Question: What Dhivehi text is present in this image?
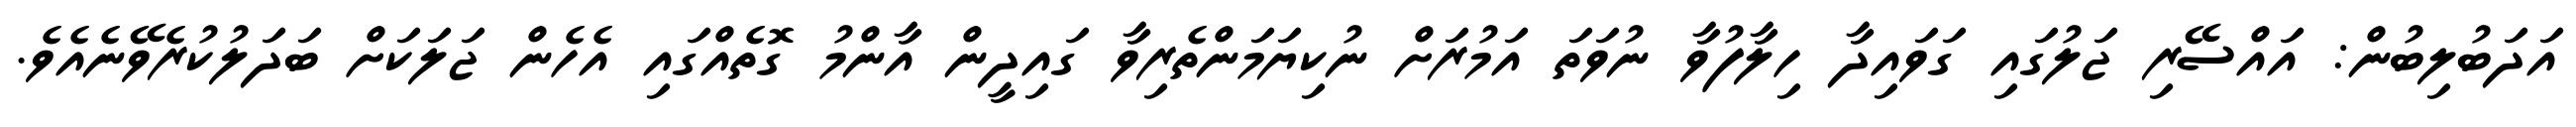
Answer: އަދަބުލިބުން: އައްސޭރި ޖަލުގައި ގަވައިދާ ހިލާފުވާ ނުވަތަ އަމުރަށް ނުކިޔަމަންތެރިވާ ގައިދީން އާންމު ގޮތެއްގައި އެހެން ޖަލަކަށް ބަދަލުކުރެވޭނެއެވެ.